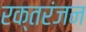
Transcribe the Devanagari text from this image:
रक्तरंजन